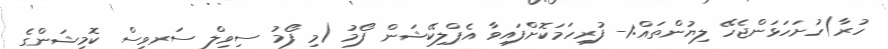
ހުރާ)ހުށަހަޅަންޖެހޭ ލިޔުންތައް:1- ފުރިހަމަކޮށްފައިވާ އެޕްލިކޭޝަން ފޯމު (މި ފޯމު ސިވިލް ސަރވިސް ކޮމިޝަންގެ